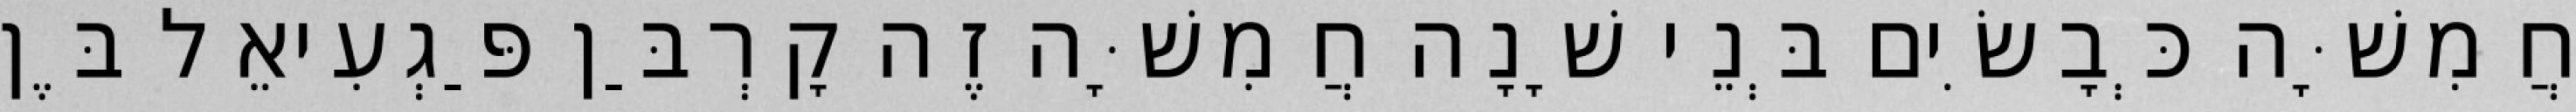
חֲמִשָּׁה כְּבָשִׂים בְּנֵי שָׁנָה חֲמִשָּׁה זֶה קָרְבַּן פַּגְעִיאֵל בֶּן